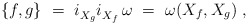
\begin{align*} \{f,g\}~=~i_{X_g}^{} i_{X_f}^{} \, \omega~=~\omega(X_f,X_g)~,\end{align*}